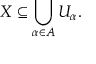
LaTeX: X \subseteq \bigcup _ { \alpha \in A } U _ { \alpha } .